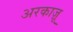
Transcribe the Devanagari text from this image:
अरकाज़ू